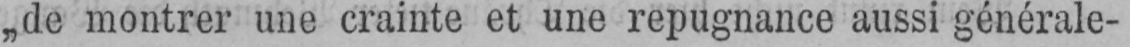
„de montrer une crainte et une repugnance aussi générale-